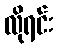
လိုရင်း